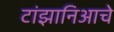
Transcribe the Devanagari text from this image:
टांझानिआचे